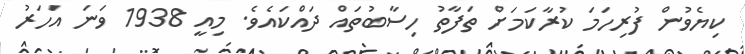
ކިޔެވުން ފުރިހަމަ ކުރާކަމަށް ތަފާތު ހިސާބުތައް ދައްކައެވެ. މިއީ 1938 ވަނަ އަހަރު